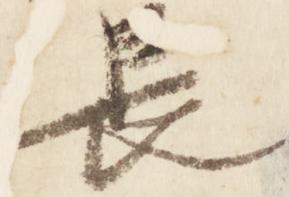
長